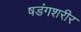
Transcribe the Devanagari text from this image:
षडंगशरीर